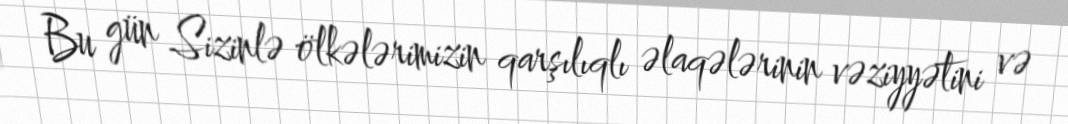
Bu gün Sizinlə ölkələrimizin qarşılıqlı əlaqələrinin vəziyyətini və